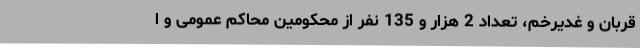
قربان و غدیرخم، تعداد 2 هزار و 135 نفر از محکومین محاکم عمومی و ا